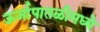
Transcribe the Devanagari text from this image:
ऊर्जापातळीमध्ये